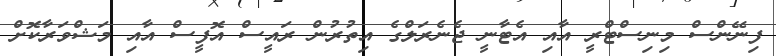
ފިނޭންސް މިނިސްޓްރީ އާއި އެޓާނީ ޖެނެރަލްގެ އިތުރުން ރައީސް އޮފީސް އާއި މަޝްވަރާކޮށް